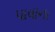
પાવાના